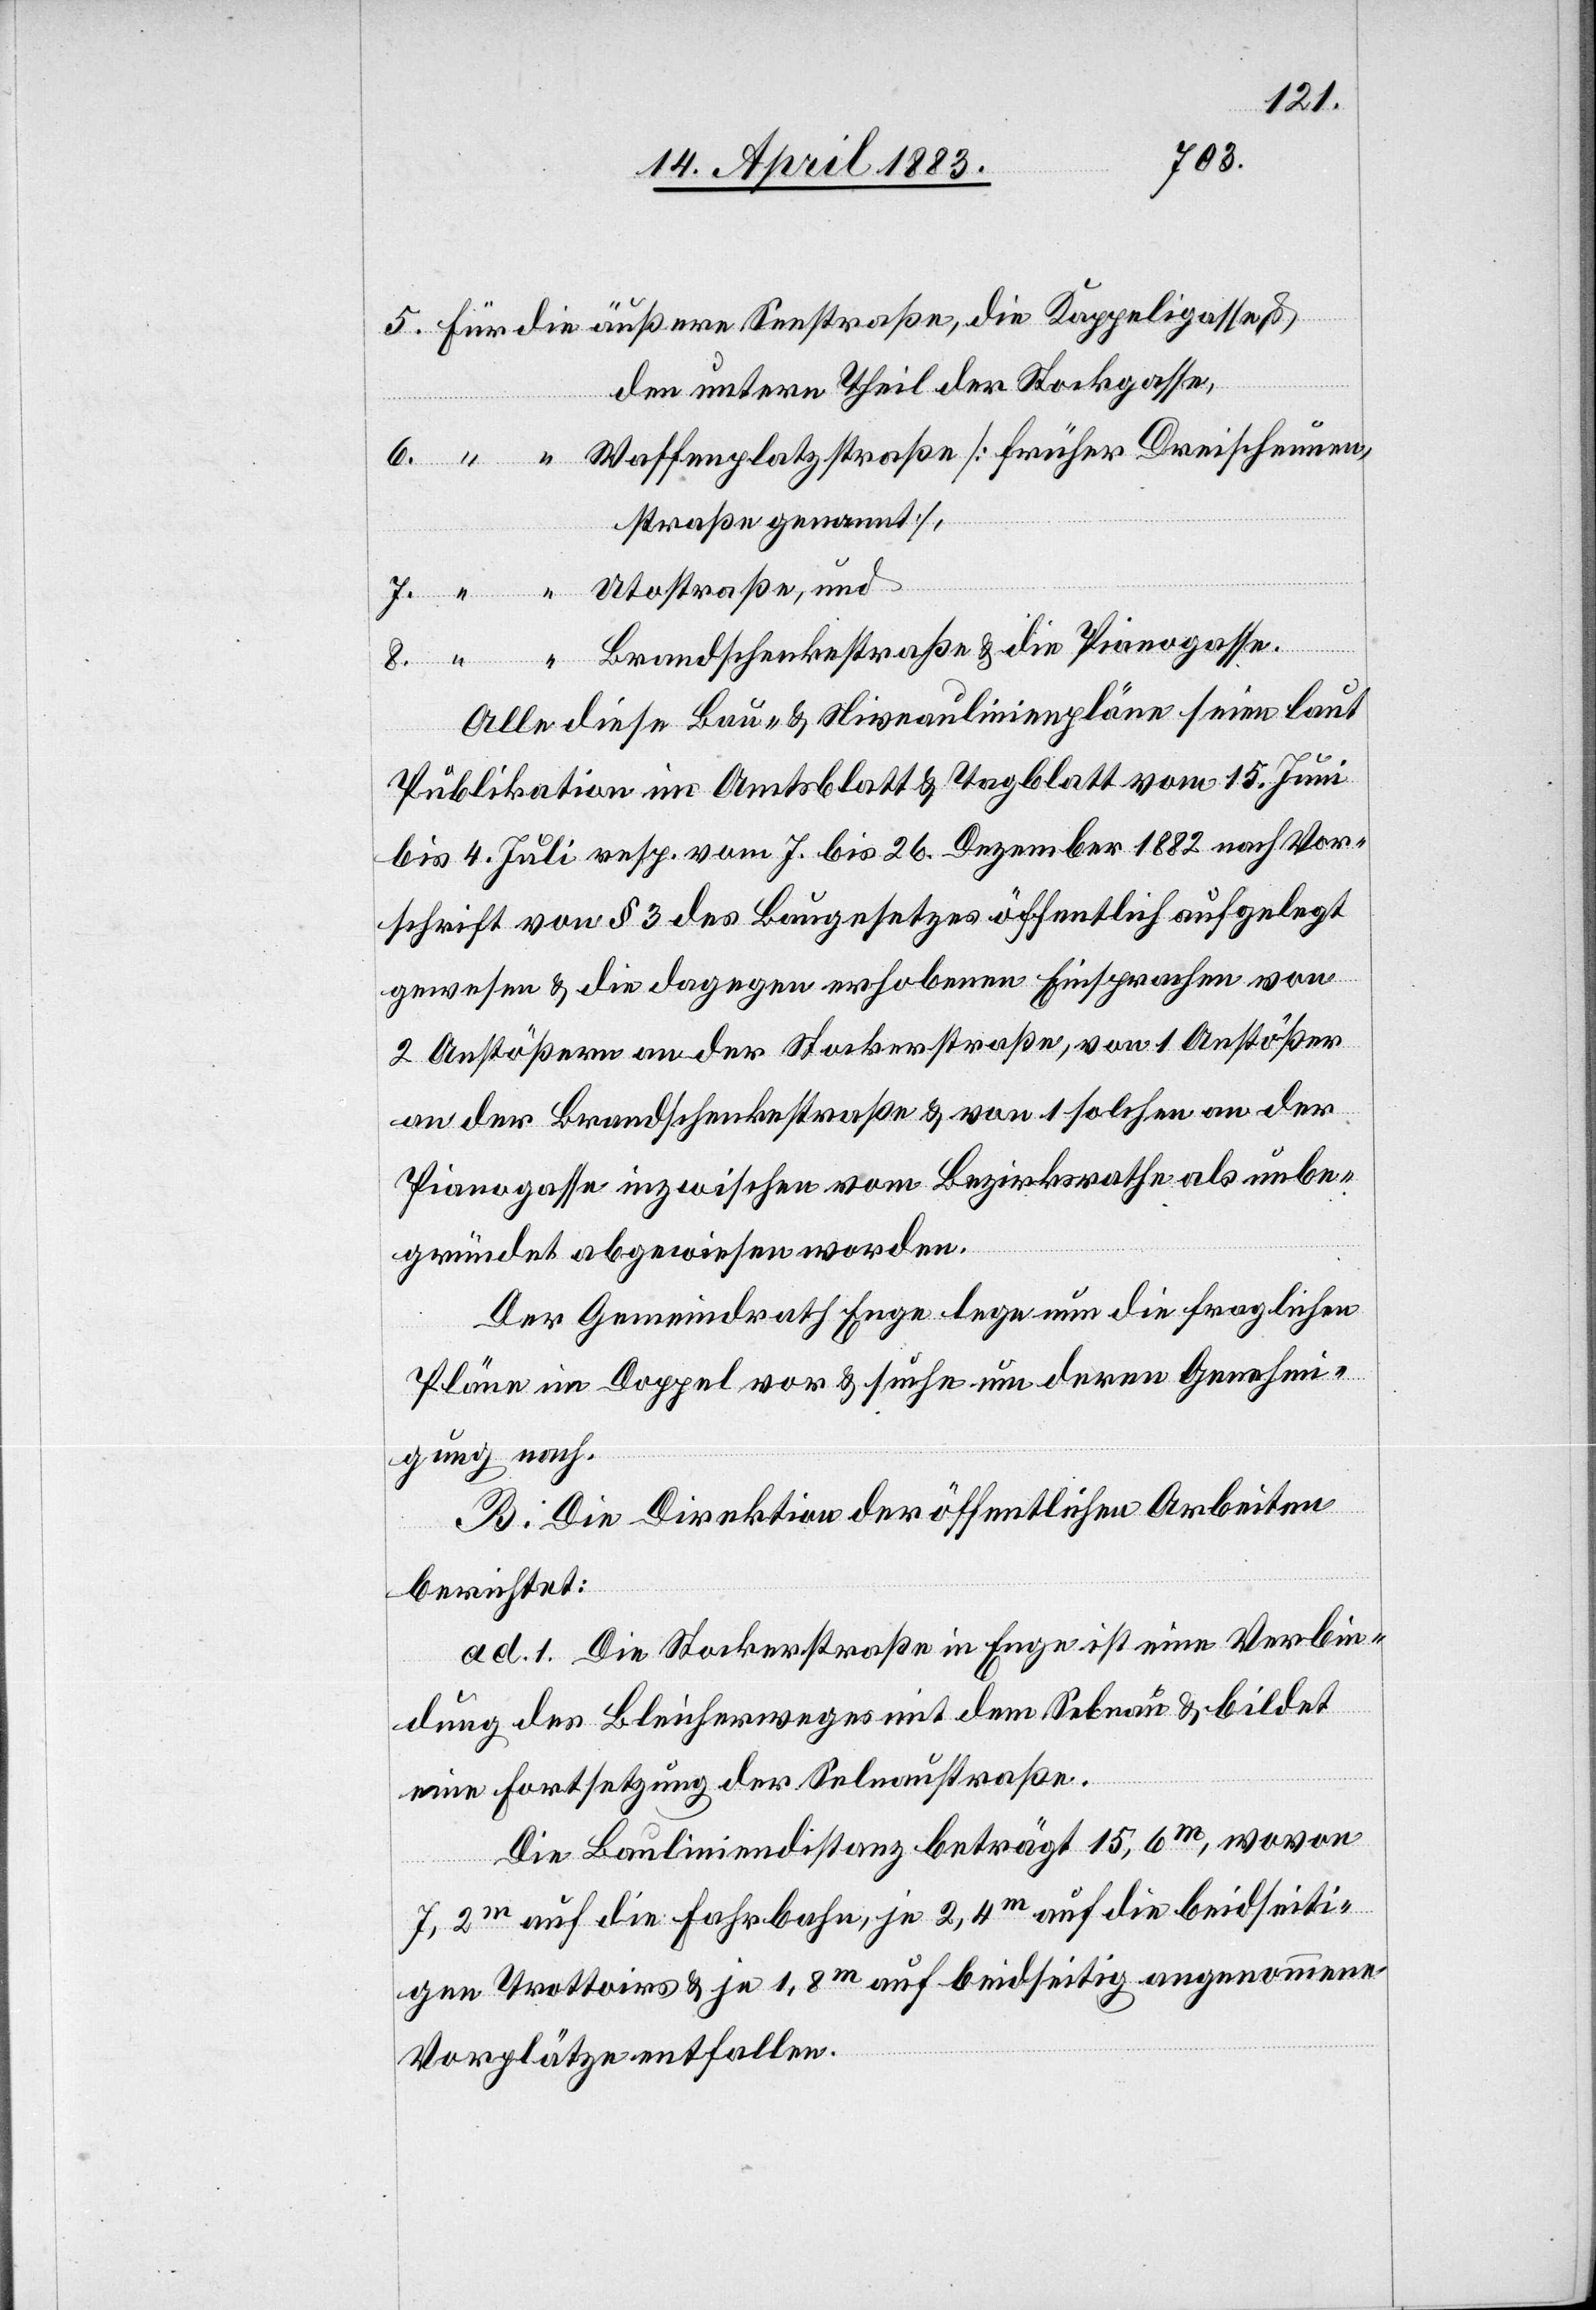
5. Für die äußere Seestraße, die Kappeigasse
den untern Theil der Stockgasse,
6. “ “ Waffenplatzstraße [früher Dreischeunen¬
staße genannt],
7. “ “ Utostraße, und
8. “ “ Brandschenkenstraße & die Pianogasse.
Alle diese Bau- & Niveaulinienpläne seien laut
Publikation im Amtsblatt & Tagblatt vom 15. Juni
bis 4. Juli resp. vom 7. bis 26. Dezember 1882 nach Vor¬
schrift von § 3 des Baugesetzes öffentlich aufgelegt
gewesen & die dagegen erhobenen Einsprachen vom
2 Anstößern an der Stockerstraße, von 1 Anstößer
an der Brandschenkenstraße & von 1 solchen an der
Pianogasse inzwischen vom Bezirksrathe als unbe¬
gründet abgewiesen worden.
Der Gemeindrath Enge lege nun die fraglichen
Pläne im Doppel vor & suche um deren Genehmi¬
gung nach.
B. Die Direktion der öffentlichen Arbeiten
berichtet:
ad. 1. Die Stockerstraße in Enge ist eine Verbin¬
dung des Bleicherweges mit dem Selnau & bildet
eine Fortsetzung der Selnaustraße.
Die Bauliniendistanz beträgt 15,6m, wovon
7,2m auf die Fahrbahn, je 2,4m auf die beidseiti¬
gen Trottoirs & je 1,8m auf beidseitig angenommene
Vorplätze entfallen.